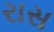
રાસ